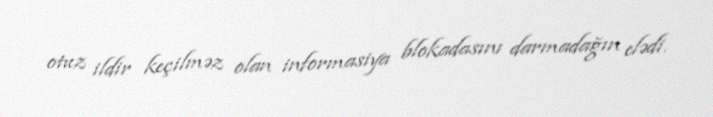
otuz ildir keçilməz olan informasiya blokadasını darmadağın elədi.